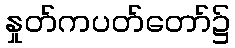
နှုတ်ကပတ်တော်၌